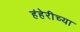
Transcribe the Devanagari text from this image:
हंहेरीच्या